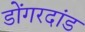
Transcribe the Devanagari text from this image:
डोंगरदांड